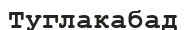
Туглакабад